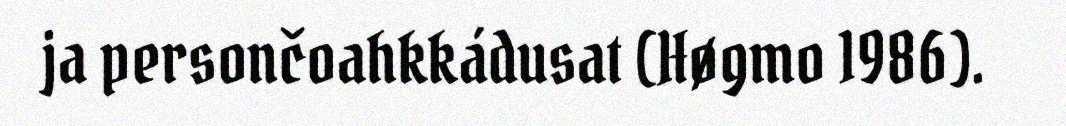
ja persončoahkkádusat (Høgmo 1986).